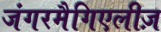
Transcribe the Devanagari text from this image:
जंगरमैगिएलीज़